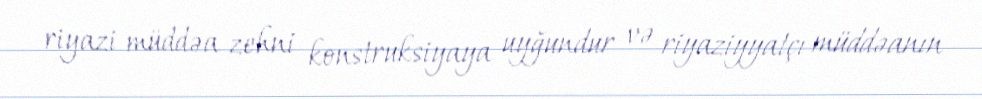
riyazi müddəa zehni konstruksiyaya uyğundur və riyaziyyatçı müddəanın